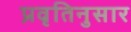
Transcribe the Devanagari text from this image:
प्रवृतिनुसार